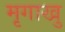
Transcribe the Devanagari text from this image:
मृगाखु